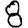
Digit: 8